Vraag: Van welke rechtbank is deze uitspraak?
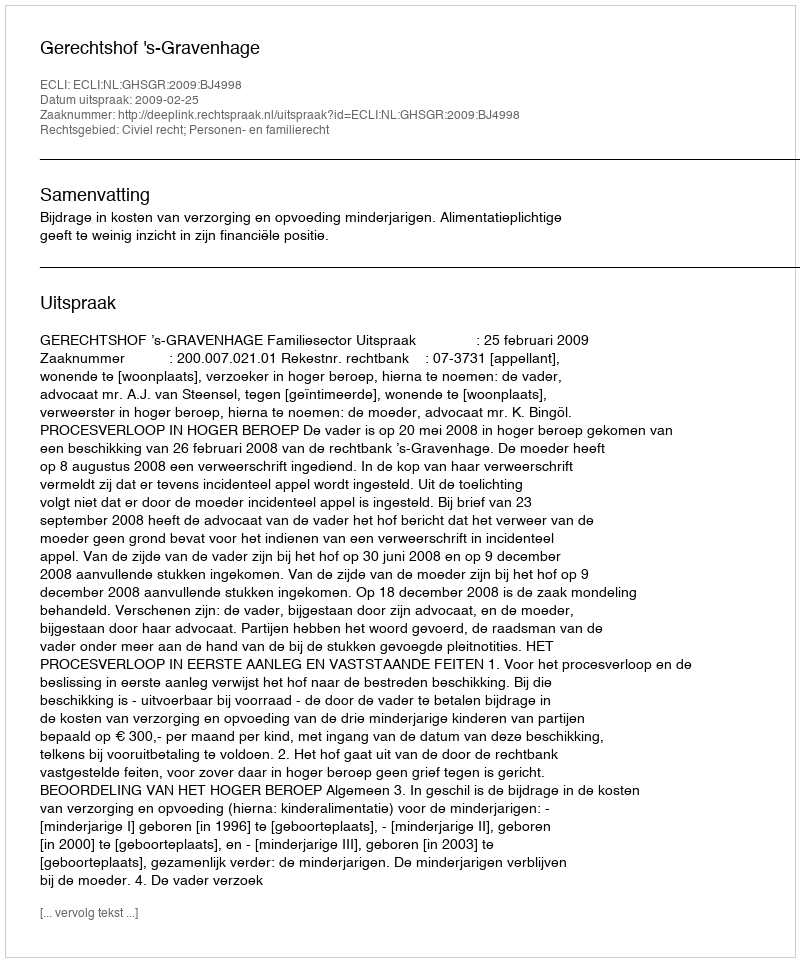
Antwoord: Gerechtshof 's-Gravenhage